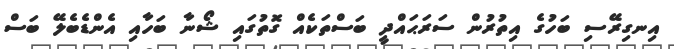
އިނގިރޭސި ބަހުގެ އިތުރުން ސަރަޙައްދީ ބަސްތަކެއް ގޮތުގައި ޝޯނާ ބަހާއި އެންޑެބެލޭ ބަސް